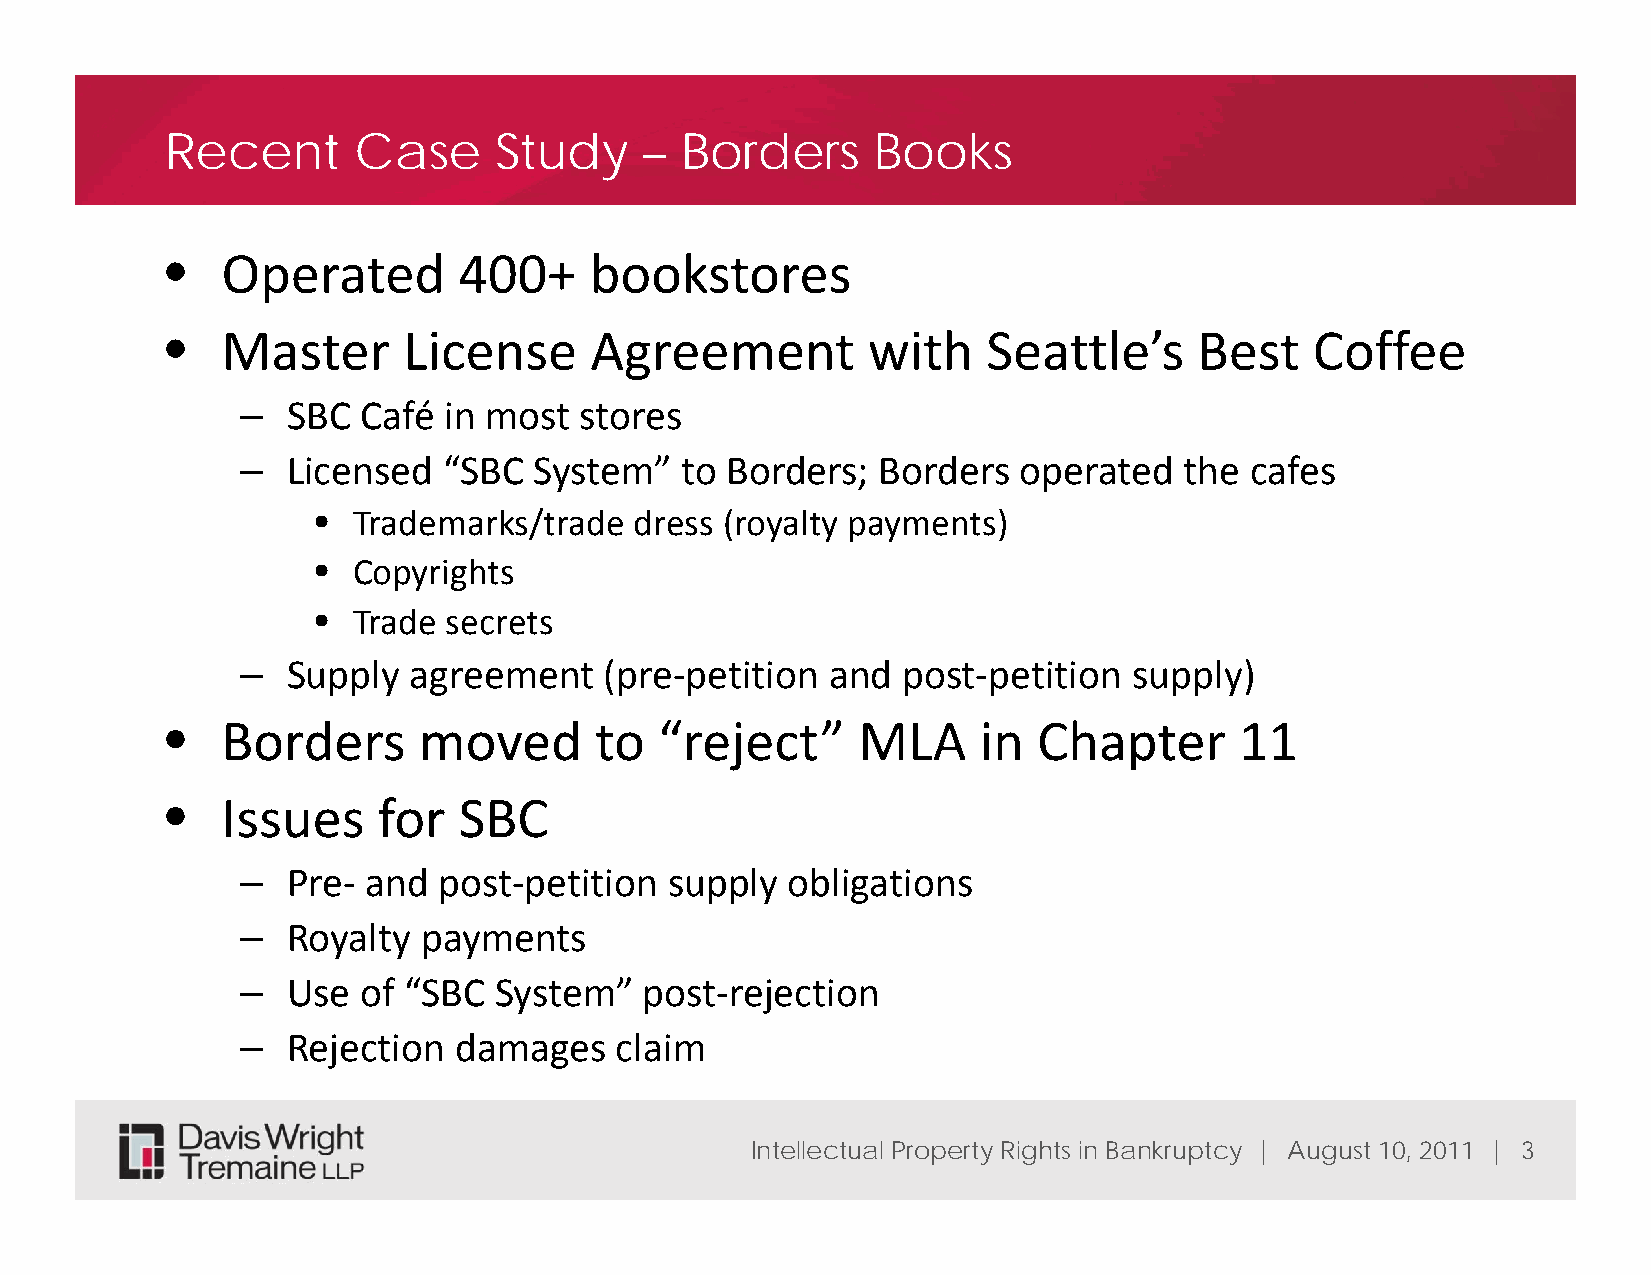
Recent      Case      Study     – Borders      Books
 •   Operated       400+     bookstores
 •   Master      License     Agreement         with    Seattle’s     Best    Coffee
 –  SBC  Café in most  stores
 –  Licensed  “SBC  System”   to Borders;  Borders   operated  the  cafes
 • Trademarks/trade   dress (royalty payments)
 • Copyrights
 • Trade  secrets
 –  Supply  agreement    (pre-petition  and  post-petition  supply)
 •   Borders      moved      to   “reject”     MLA     in  Chapter      11
 •   Issues    for  SBC
 –  Pre- and  post-petition  supply  obligations
 –  Royalty  payments
 –  Use  of “SBC  System”   post-rejection
 –  Rejection  damages    claim
 Intellectual Property Rights in Bankruptcy | August 10, 2011 | 3